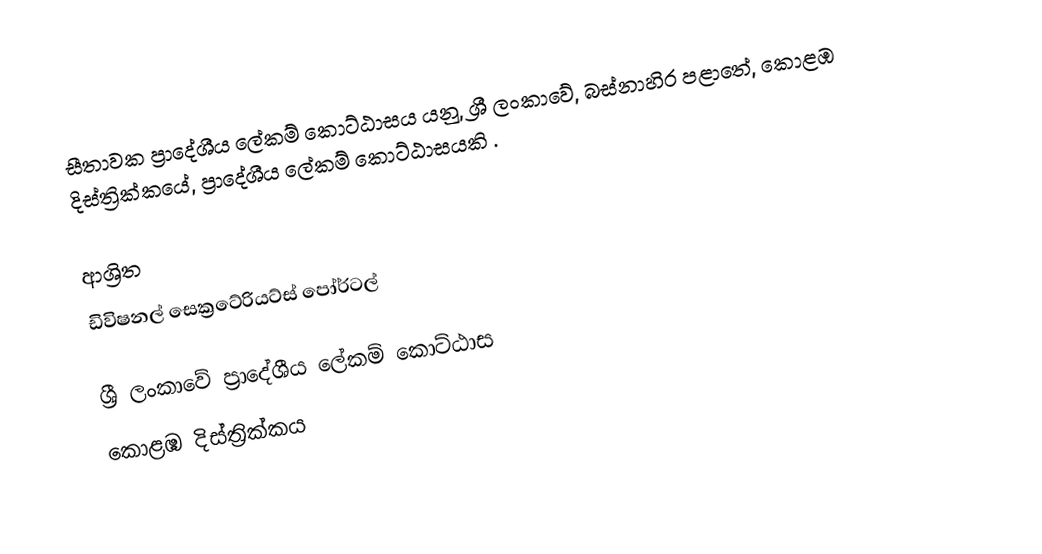
සීතාවක ප්‍රාදේශීය ලේකම් කොට්ඨාසය යනු,  ශ්‍රී ලංකාවේ, බස්නාහිර පළාතේ,   කොළඹ දිස්ත්‍රික්කයේ, ප්‍රාදේශීය ලේකම් කොට්ඨාසයකි .

ආශ්‍රිත
 ඩිවිෂනල් සෙක්‍රටේරියට්ස් පෝර්ටල්

ශ්‍රී ලංකාවේ ප්‍රාදේශීය ලේකම් කොට්ඨාස
කොළඹ දිස්ත්‍රික්කය